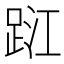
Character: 𨀹